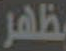
ظهر